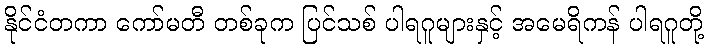
နိုင်ငံတကာ ကော်မတီ တစ်ခုက ပြင်သစ် ပါရဂူများနှင့် အမေရိကန် ပါရဂူတို့